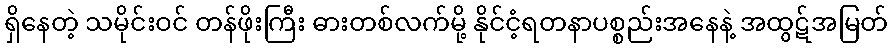
ရှိနေတဲ့ သမိုင်းဝင် တန်ဖိုးကြီး ဓားတစ်လက်မို့ နိုင်ငံ့ရတနာပစ္စည်းအနေနဲ့ အထွဋ်အမြတ်